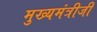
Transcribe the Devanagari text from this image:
मुख्यमंत्रीजी